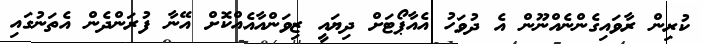
ކުރިން ރާވައިގެންނެއްނޫން އެ ދުވަހު އެއާޕޯޓަށް ދިޔައީ ޒިވަންއާއެއްކޮށް އޭނާ ފުރަންދެން އެތަނުގައި